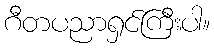
ဂီတပညာရှင်ကြီးပါ။